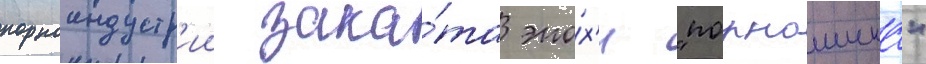
порноиндустр'ии зака́та эпо́х'и "порношика"